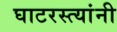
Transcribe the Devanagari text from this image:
घाटरस्त्यांनी